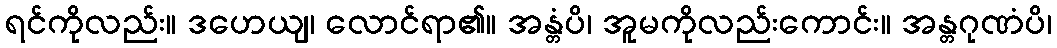
ရင်ကိုလည်း။ ဒဟေယျ၊ လောင်ရာ၏။ အန္တံပိ၊ အူမကိုလည်းကောင်း။ အန္တဂုဏံပိ၊